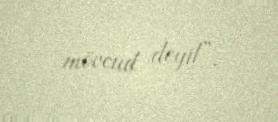
mövcud deyil”.